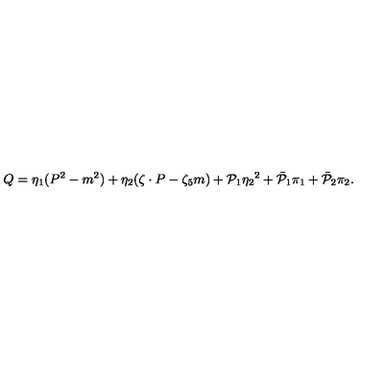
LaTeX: Q = \eta _ { 1 } ( P ^ { 2 } - m ^ { 2 } ) + \eta _ { 2 } ( \zeta \cdot P - \zeta _ { 5 } m ) + { \cal P } _ { 1 } { \eta _ { 2 } } ^ { 2 } + { \bar { \cal P } } _ { 1 } \pi _ { 1 } + { \bar { \cal P } } _ { 2 } \pi _ { 2 } .